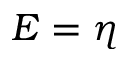
E = \eta